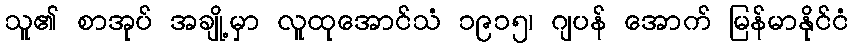
သူ၏ စာအုပ် အချို့မှာ လူထုအောင်သံ ၁၉၁၅၊ ဂျပန် အောက် မြန်မာနိုင်ငံ